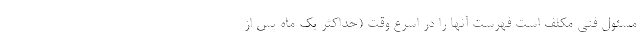
مسئول فنی مکلف است فهرست آنها را در اسرع وقت (حداکثر یک ماه پس از